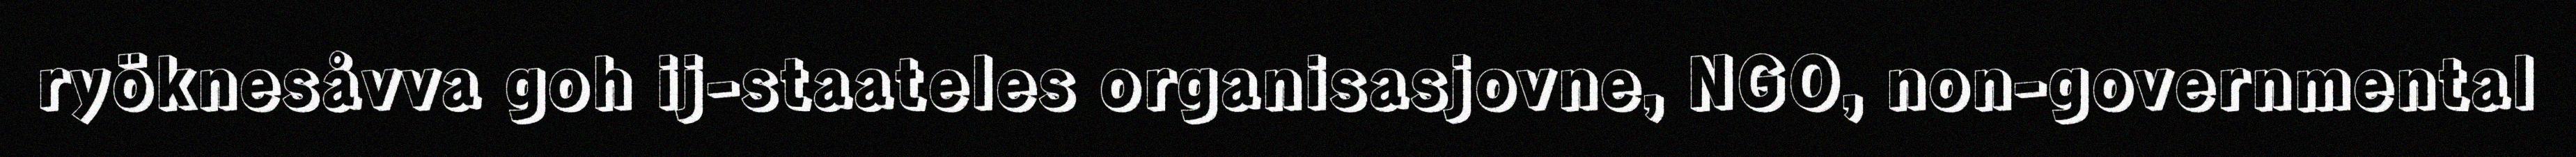
ryöknesåvva goh ij-staateles organisasjovne, NGO, non-governmental